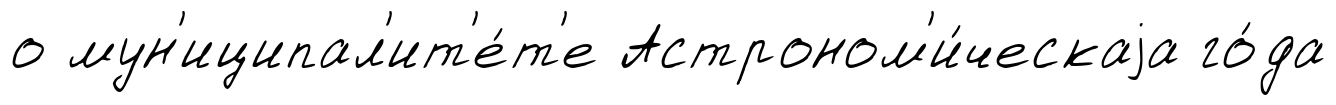
о мун'иципал'ит'е́т'е Астроном'и́ческаjа го́да